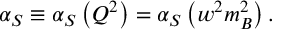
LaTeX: \alpha _ { S } \equiv \alpha _ { S } \left( Q ^ { 2 } \right) = \alpha _ { S } \left( w ^ { 2 } m _ { B } ^ { 2 } \right) .